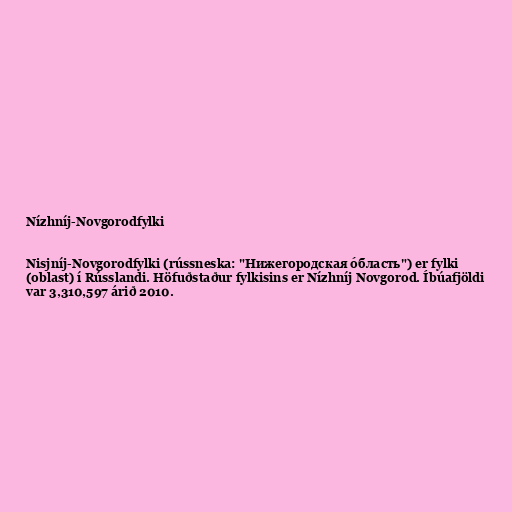
Nízhníj-Novgorodfylki

Nisjníj-Novgorodfylki (rússneska: "Нижегородская о́бласть") er fylki
(oblast) í Rússlandi. Höfuðstaður fylkisins er Nízhníj Novgorod. Íbúafjöldi
var 3,310,597 árið 2010.